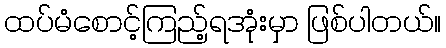
ထပ်မံစောင့်ကြည့်ရအုံးမှာ ဖြစ်ပါတယ်။